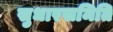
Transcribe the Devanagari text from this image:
सुधारसमिति